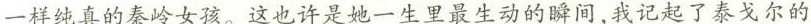
一样纯真的秦岭女孩。这也许是她一生里最生动的瞬间，我记起了泰戈尔的